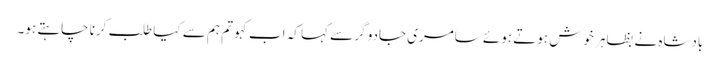
بادشاہ نے بظاہر خوش ہوتے ہوئے سامری جادو گر سے کہا کہ اب کہو تم ہم سے کیا طلب کرنا چاہتے ہو۔